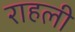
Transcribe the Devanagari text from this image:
राहली